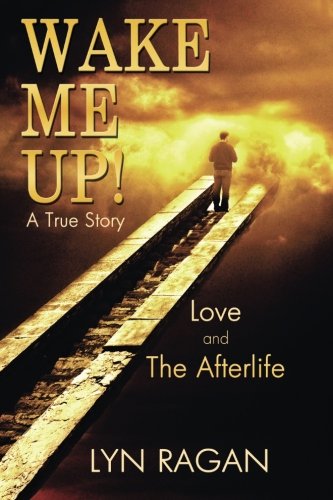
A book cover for Wake Me Up!: Love and The Afterlife; Lyn Ragan; Religion & Spirituality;